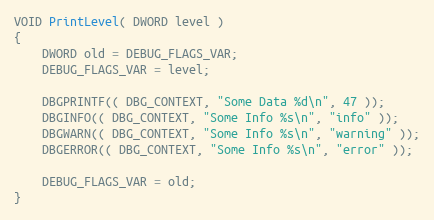
Language: C++
VOID PrintLevel( DWORD level )
{
    DWORD old = DEBUG_FLAGS_VAR;
    DEBUG_FLAGS_VAR = level;

    DBGPRINTF(( DBG_CONTEXT, "Some Data %d\n", 47 ));
    DBGINFO(( DBG_CONTEXT, "Some Info %s\n", "info" ));
    DBGWARN(( DBG_CONTEXT, "Some Info %s\n", "warning" ));
    DBGERROR(( DBG_CONTEXT, "Some Info %s\n", "error" ));

    DEBUG_FLAGS_VAR = old;
}